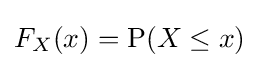
F_{X}(x)=\operatorname {P} (X\leq x)